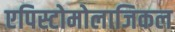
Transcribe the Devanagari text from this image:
एपिस्टोमोलाजिकल